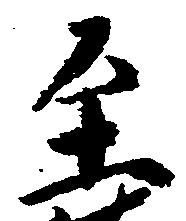
至